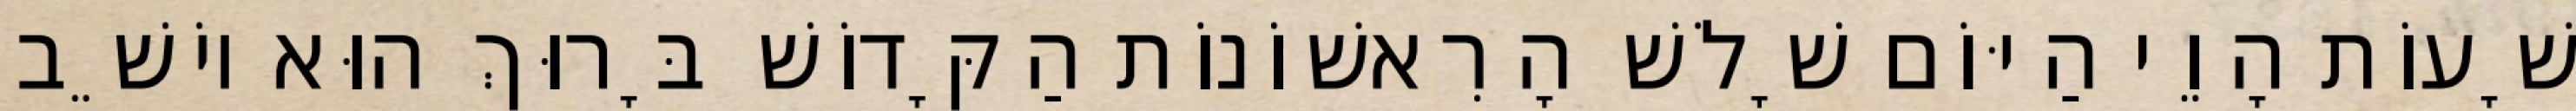
שָׁעוֹת הָוֵי הַיּוֹם שָׁלֹשׁ הָרִאשׁוֹנוֹת הַקָּדוֹשׁ בָּרוּךְ הוּא יוֹשֵׁב